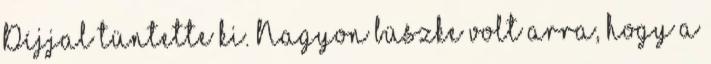
Díjjal tüntette ki. Nagyon büszke volt arra, hogy a